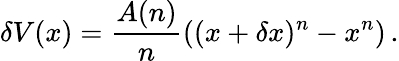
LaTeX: \delta V(x)=\frac{A(n)}{n}\left((x+\delta x)^{n}-x^{n}\right)\, .